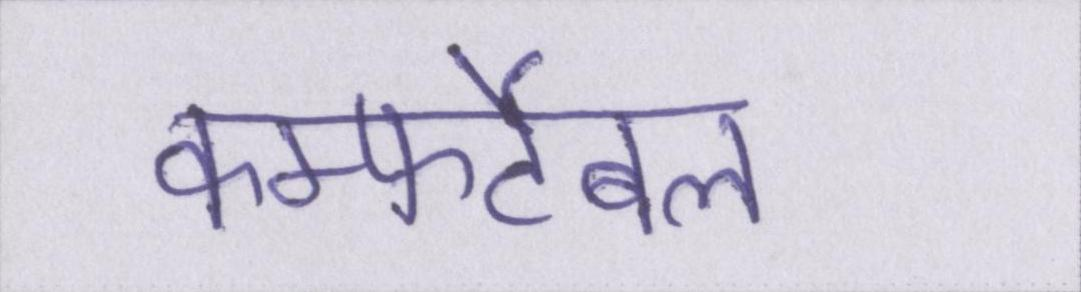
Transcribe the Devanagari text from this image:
कम्फर्टेबल